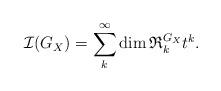
LaTeX: \begin{align*}\mathcal{I}(G_X) = \sum_k ^\infty \dim \mathfrak{R}^{G_X}_k t^k.\end{align*}